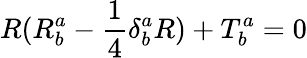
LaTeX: R(R_{b}^{a}-\frac{1}{4}\delta_{b}^{a}R)+T_{b}^{a}=0